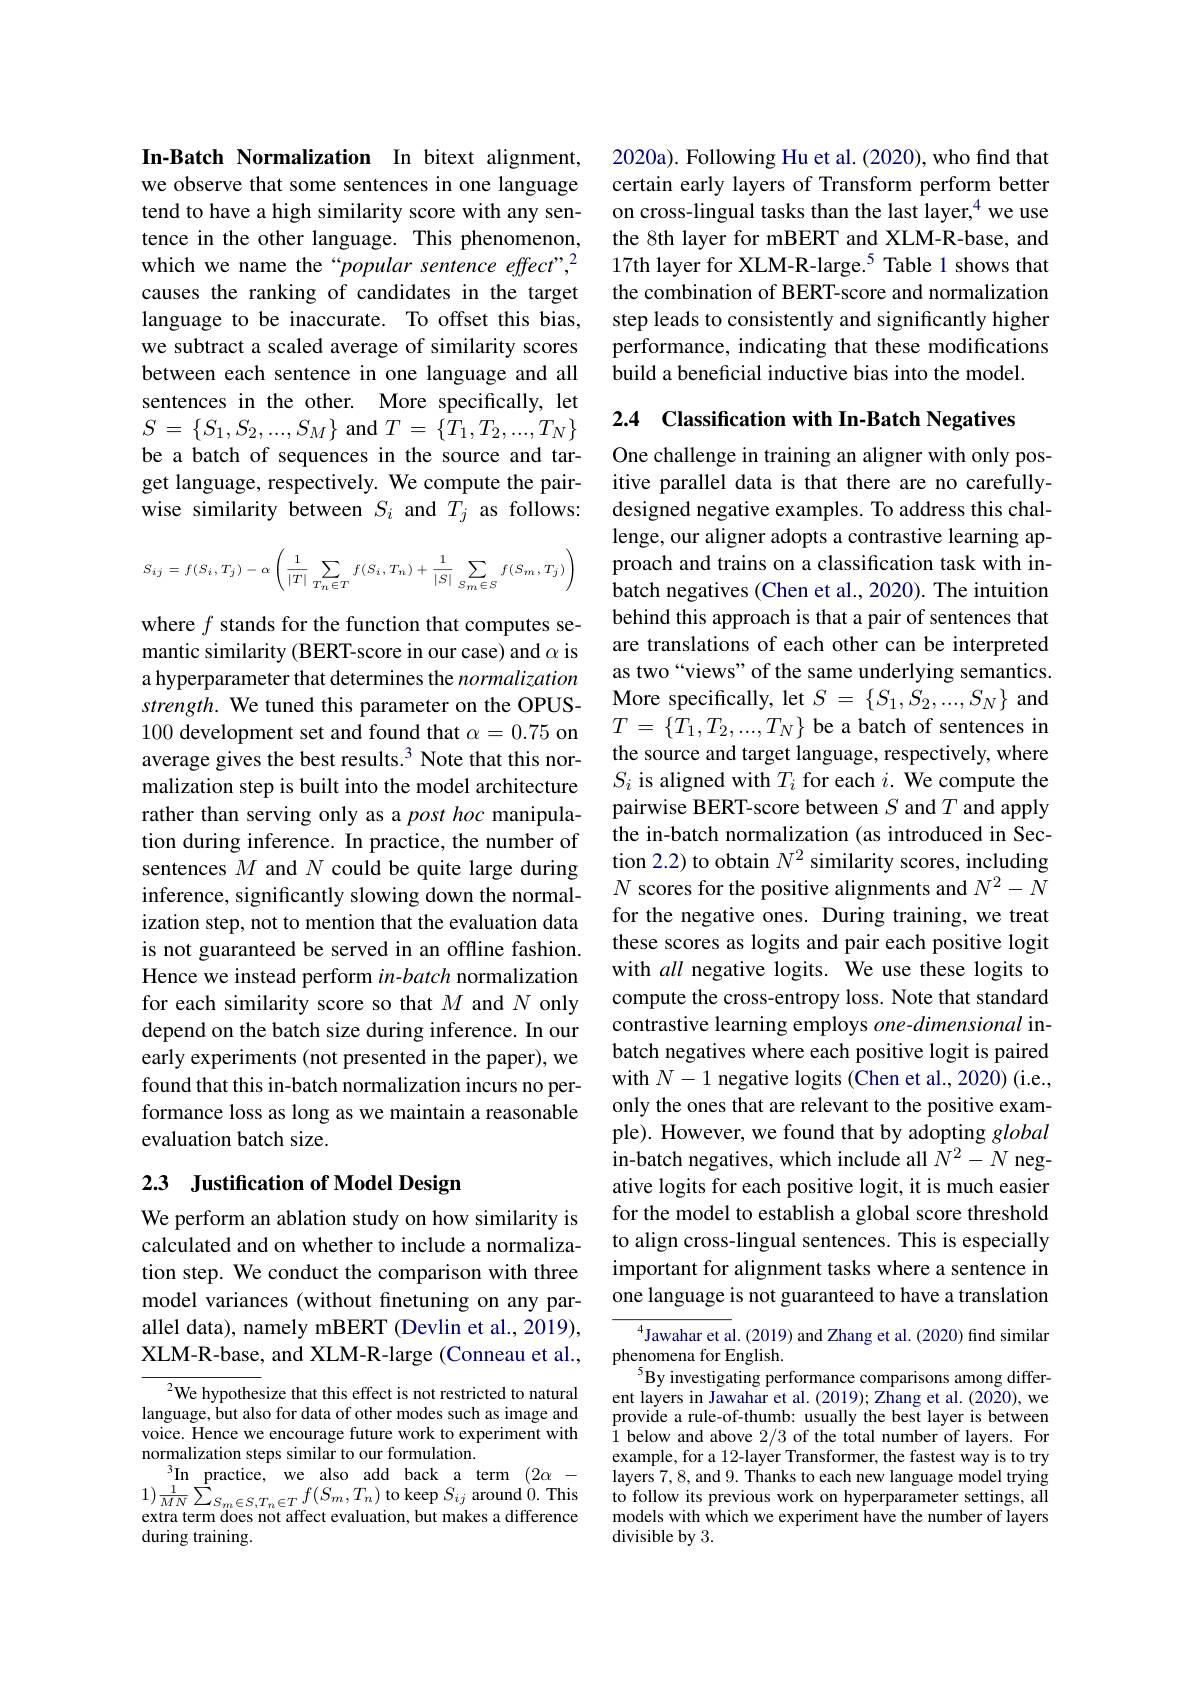
In-Batch Normalization In bitext alignment, we observe that some sentences in one language tend to have a high similarity score with any sentence in the other language. This phenomenon, which we name the“popular sentence effect”,2 causes the ranking of candidates in the target language to be inaccurate. To offset this bias, we subtract a scaled average of similarity scores between each sentence in one language and all sentences in the other. More specifically, let $S=\{S_{1},S_{2},...,S_{M}\}$ and $T=\{T_1,T_{2},...,T_{N}\}$ be a batch of sequences in the source and target language, respectively. We compute the pairwise similarity between $S_i$ and $T_j$ as follows:
$$S_{ij}=f(S_i,T_j)-\alpha\left(\frac{1}{|T|}\sum_{T_n\in T}f(S_i,T_n)+\frac{1}{|S|}\sum_{S_m\in S}f(S_m,T_j)\right)$$
where $f$ stands for the function that computes semantic similarity (BERT-score in our case) and $\alpha$ is a hyperparameter that determines the normalization strength. We tuned this parameter on the OPUS- 100 development set and found that $\alpha=0.75$ on average gives the best results.$^3$ Note that this normalization step is built into the model architecture rather than serving only as a post hoc manipulation during inference. In practice, the number of sentences $M$ and $N$ could be quite large during inference, significantly slowing down the normalization step, not to mention that the evaluation data is not guaranteed be served in an offline fashion. Hence we instead perform $in-batch$ normalization for each similarity score so that $M$ and $N$ only depend on the batch size during inference. In our early experiments (not presented in the paper), we found that this in-batch normalization incurs no performance loss as long as we maintain a reasonable evaluation batch size.

# 2.3 Justification of Model Design

We perform an ablation study on how similarity is calculated and on whether to include a normalization step. We conduct the comparison with three model variances (without finetuning on any parallel data), namely mBERT (Devlin et al., 2019), XLM-R-base, and XLM-R-large (Conneau et al.,

$^{2}$We hypothesize that this effect is not restricted to natural language, but also for data of other modes such as image and voice. Hence we encourage future work to experiment with normalization steps similar to our formulation.
$\operatorname*{In}_{1}\overset{3}{\operatorname*{\operatorname*{\operatorname*{\longrightarrow}}}}$practice, we$\operatorname*{also}_f(\mathcal{S}^{\prime},T)$to$\operatorname*{lack}_{\mathrm{oround~}0}$Thia $1) \frac 1{MN}\sum _{S_{m}\in S, T_{n}\in T}f( S_{m}, T_{n})$ to keep $S_{ij}$ around $\dot{0} .$ This extra term does not affect evaluation, but makes a difference during training

2020a). Following Hu et al. (2020), who find that certain early layers of Transform perform better on cross-lingual tasks than the last layer,$^{4}$ we use the 8th layer for mBERT and XLM-R-base, and 17th layer for XLM-R-large.$^{5}$ Table 1 shows that the combination of BERT-score and normalization step leads to consistently and significantly higher performance, indicating that these modifications build a beneficial inductive bias into the model.

2.4 Classification with In-Batch Negatives

One challenge in training an aligner with only positive parallel data is that there are no carefullydesigned negative examples. To address this challenge, our aligner adopts a contrastive learning approach and trains on a classification task with inbatch negatives (Chen et al., 2020). The intuition behind this approach is that a pair of sentences that are translations of each other can be interpreted as two“views” of the same underlying semantics. More specifically, let $S=\{S_1,S_2,...,S_N\}$ and $T=\{T_{1},T_{2},...,T_{N}\}$ be a batch of sentences in the source and target language, respectively, where $S_i$ is aligned with $T_i$ for each $i.$ We compute the pairwise BERT-score between $S$ and $T$ and apply the in-batch normalization (as introduced in Section 2.2) to obtain $N^{2}$ similarity scores, including $N$ scores for the positive alignments and $N^2-N$ for the negative ones. During training, we treat these scores as logits and pair each positive logit with all negative logits. We use these logits to compute the cross-entropy loss. Note that standard contrastive learning employs $one-dimensional$ inbatch negatives where each positive logit is paired with $N-1$ negative logits (Chen et al., 2020) (i.e., only the ones that are relevant to the positive example). However, we found that by adopting global in-batch negatives, which include all $N^2-N$ negative logits for each positive logit, it is much easier for the model to establish a global score threshold to align cross-lingual sentences. This is especially important for alignment tasks where a sentence in one language is not guaranteed to have a translation
$^{4}$Jawahar et al.(2019) and Zhang et al.(2020) find similar

phenomena for English.
$^{5}$By investigating performance comparisons among different layers in Jawahar et al. (2019); Zhang et al. (2020), we provide a rule-of-thumb: usually the best layer is between i below and above 2/ 3 of the total number of layers. For example, for a 12-layer Transformer, the fastest way is to try layers 7,8,and 9. Thanks to each new language model trying to follow its previous work on hyperparameter settings, all models with which we experiment have the number of layers divisible by 3.